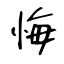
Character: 悔